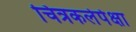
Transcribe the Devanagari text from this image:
चित्रकलेपेक्षा